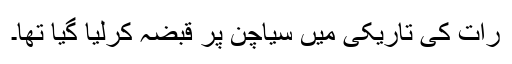
رات کی تاریکی میں سیاچن پر قبضہ کرلیا گیا تھا۔